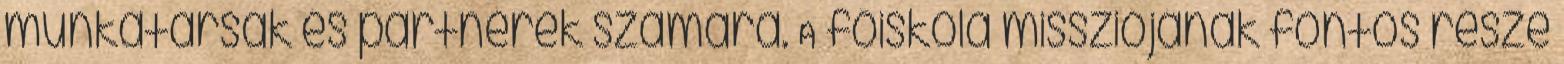
munkatársak és partnerek számára. A fõiskola missziójának fontos része